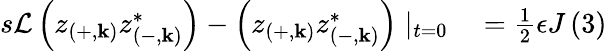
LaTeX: \begin{array}{rl}{s\mathcal{L}\left(z_{\left(+,\mathbf{k}\right)}z_{\left(-,\mathbf{k}\right)}^{*}\right)-\left(z_{\left(+,\mathbf{k}\right)}z_{\left(-,\mathbf{k}\right)}^{*}\right)\mid_{t=0}}&{{}=\frac{1}{2}\epsilon J\left(3\right)}\end{array}